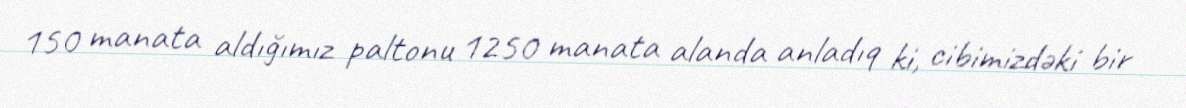
150 manata aldığımız paltonu 1250 manata alanda anladıq ki, cibimizdəki bir